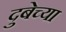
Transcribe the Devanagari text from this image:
दुबेच्या